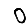
Digit: 0